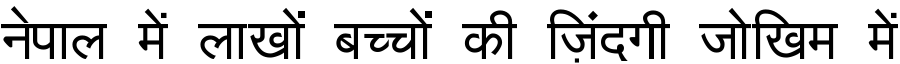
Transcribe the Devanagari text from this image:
नेपाल में लाखों बच्चों की ज़िंदगी जोखिम में